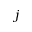
j